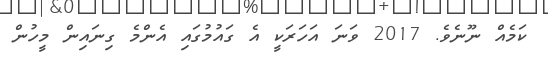
ކަމެއް ނޫނެވެ. 2017 ވަނަ އަހަރަކީ އެ ގައުމުގައި އެންމެ ގިނައިން މީހުން